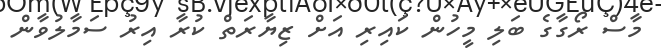
މާސް ރޯގާގެ ބަލި މީހުން ކައިރި އަށް ޒިޔާރަތް ކުރާ އިރު ސަމާލުވާން